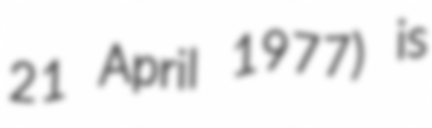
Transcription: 21 April 1977) is